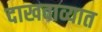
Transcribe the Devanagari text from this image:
दाखवाव्यात